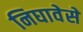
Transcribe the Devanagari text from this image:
निघावेसे